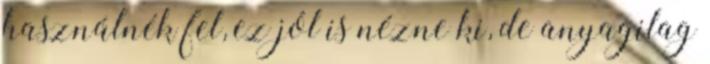
használnék fel, ez jól is nézne ki, de anyagilag